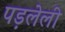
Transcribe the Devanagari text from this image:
पड़लेली